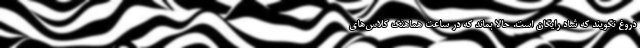
دروغ نگویند که شاد رایگان است. حالا بماند که در ساعت هماهنگ کلاس‌های